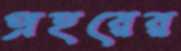
প্রহরের